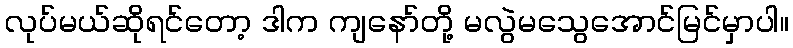
လုပ်မယ်ဆိုရင်တော့ ဒါက ကျနော်တို့ မလွဲမသွေအောင်မြင်မှာပါ။